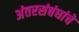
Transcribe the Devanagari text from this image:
अंतरसंबंधांचे